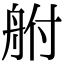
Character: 䑧